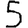
Digit: 5